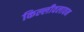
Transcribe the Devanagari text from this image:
किल्लीवलावन